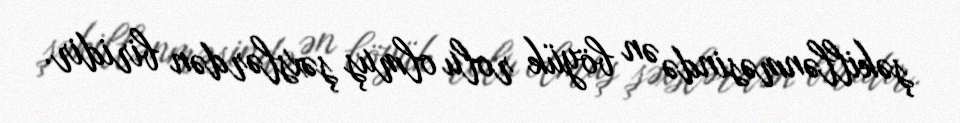
şəkillənməsində ən böyük rolu olmuş şəxslərdən biridir.